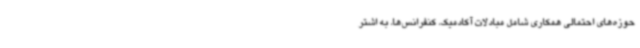
حوزه‌های احتمالی همکاری شامل مبادلات آکادمیک، کنفرانس‌ها، به اشتر